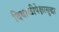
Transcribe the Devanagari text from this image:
दिवाळीपेक्षासुद्धा